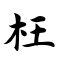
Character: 枉